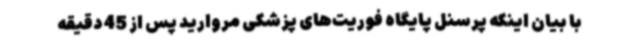
با بیان اینکه پرسنل پایگاه فوریت‌های پزشکی مروارید پس از 45 دقیقه